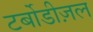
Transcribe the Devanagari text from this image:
टर्बोडीज़ल